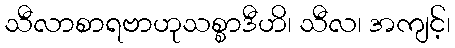
သီလာစာရဗာဟုသစ္စာဒီဟိ၊ သီလ၊ အကျင့်၊